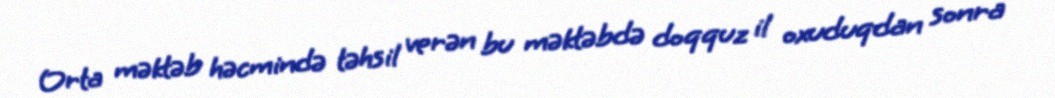
Orta məktəb həcmində təhsil verən bu məktəbdə doqquz il oxuduqdan sonra